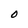
Character: O